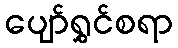
ပျော်ရွှင်စရာ